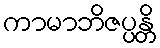
ကာမာဘိဇပ္ပန္တိ